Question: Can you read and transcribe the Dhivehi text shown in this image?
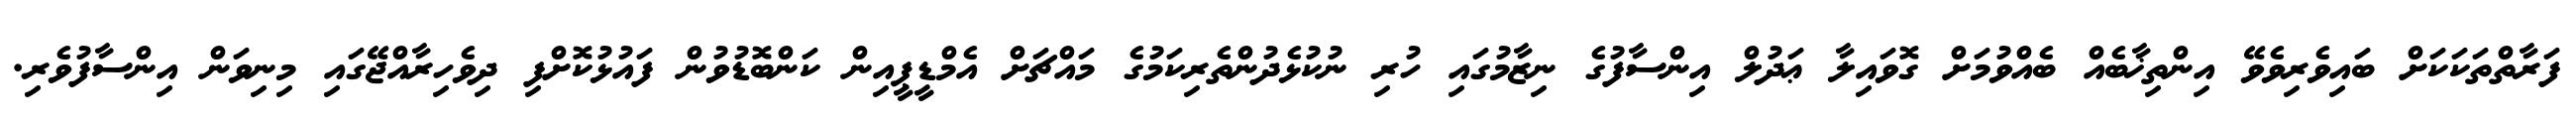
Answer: ފަރާތްތަކަކަށް ބައިވެރިވެވޭ އިންތިޚާބެއް ބެއްވުމަށް ގޮވައިލާ ޢަދުލް އިންސާފުގެ ނިޒާމުގައި ހުރި ނުކުޅެދުންތެރިކަމުގެ މައްޗަށް އެމްޑީޕީއިން ކަންބޮޑުވުން ފައުޅުކޮށްފި ދިވެހިރާއްޖޭގައި މިނިވަން އިންސާފުވެރި.